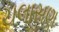
ચલાસણ